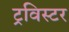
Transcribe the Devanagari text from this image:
ट्रविस्टर